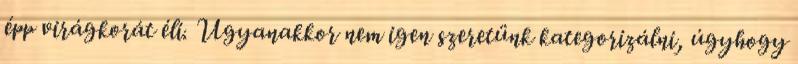
épp virágkorát éli. Ugyanakkor nem igen szeretünk kategorizálni, úgyhogy